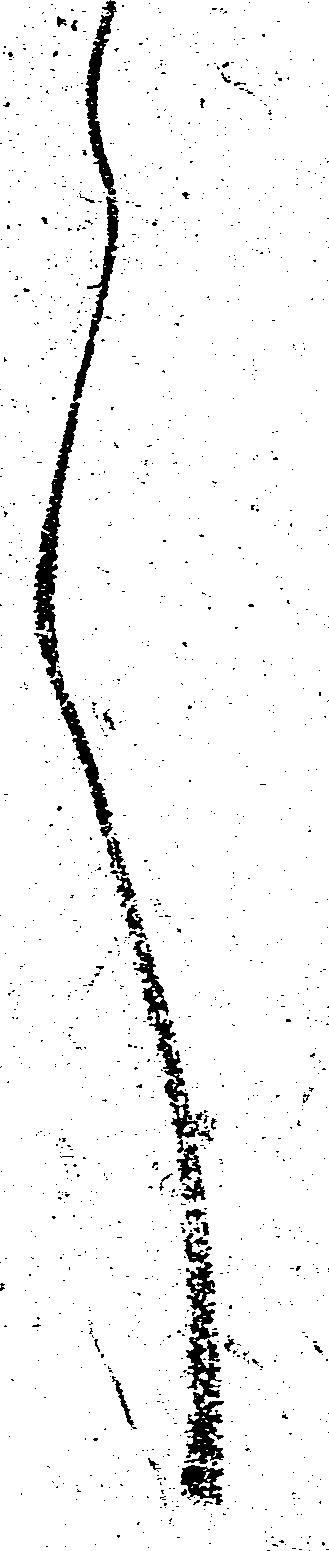
言